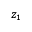
z _ { 1 }